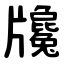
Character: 㸥